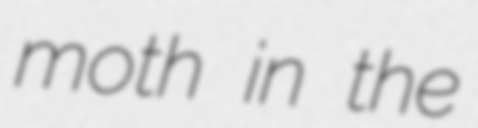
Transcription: moth in the